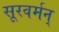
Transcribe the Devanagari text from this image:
सूरवर्मन्